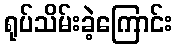
ရုပ်သိမ်းခဲ့ကြောင်း